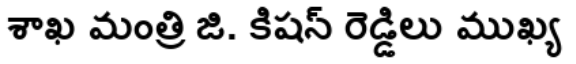
శాఖ మంత్రి జి. కిషన్ రెడ్డిలు ముఖ్య